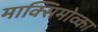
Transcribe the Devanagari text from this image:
माक्सिमोव्का